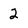
Character: 2